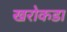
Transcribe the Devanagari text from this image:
खरोकडा